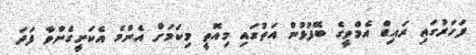
ފަހަރުގައި ރައިޑް އެމްވީގެ ބޭފުޅުން އަތުގައި މިއޮތީ މިކަމަށް އެންމެ އެކަށީގެންވާ ފަދަ